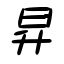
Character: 昇